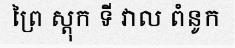
ព្រៃ ស្តុក ទី វាល ពំនូក